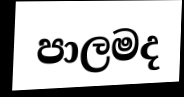
පාලමද